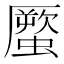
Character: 蟨